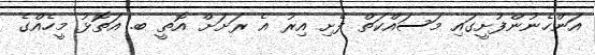
އަންހެނުންފުށީގައި މަސައްކަތް ފެށި އިރު އެ ރަށަށް އޮތީ ބ. އަތޮޅު މީހެއްގެ